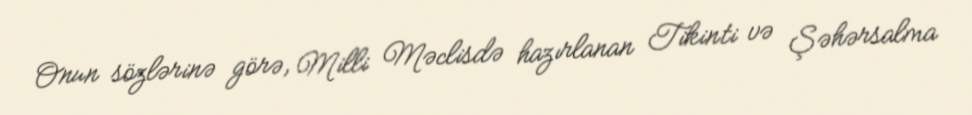
Onun sözlərinə görə, Milli Məclisdə hazırlanan Tikinti və Şəhərsalma